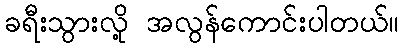
ခရီးသွားလို့ အလွန်ကောင်းပါတယ်။